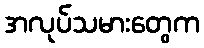
အလုပ်သမားတွေက